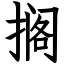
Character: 搁